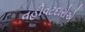
વહીવટદારોએ